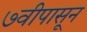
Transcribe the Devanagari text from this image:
७वीपासून